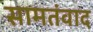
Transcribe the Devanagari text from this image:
सामतंवाद